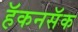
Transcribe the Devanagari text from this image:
हॅकनसॅक